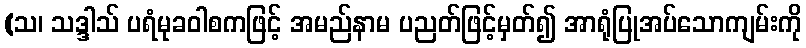
(သ၊ သဒ္ဒါသ် ပရံမုခဝါစကဖြင့် အမည်နာမ ပညတ်ဖြင့်မှတ်၍ အာရုံပြုအပ်သောကျမ်းကို